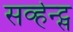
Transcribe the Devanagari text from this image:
सर्व्हन्ट्स